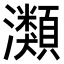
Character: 𤄹